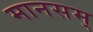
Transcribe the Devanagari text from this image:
मानसम्